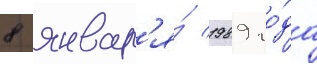
8 январ'я́ 1989 го́да